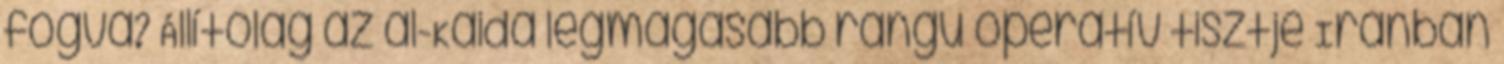
fogva? Állítólag az al-Kaida legmagasabb rangú operatív tisztje Iránban